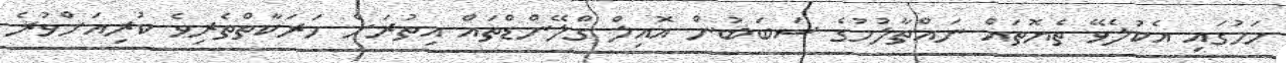
ހަމުގައި އެކުލެވޭ ތެޔޮތައް ނައްތާލުމުގެ ސަބަބުން އޮއިލް ގްލޭންޑްތައް އިތުރަށް ހަރަކާތްތެރިވެ ކުރިއަށްވުރެ